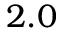
2 . 0